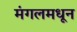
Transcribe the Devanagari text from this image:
मंगलमधून